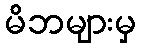
မိဘများမှ